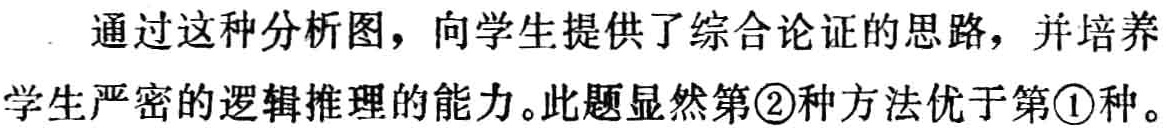
通过这种分析图，向学生提供了综合论证的思路，并培养学生严密的逻辑推理的能力。此题显然第\textcircled{2}种方法优于第\textcircled{1}种。